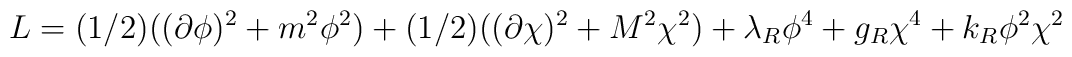
L = (1/2)((\partial\phi)^2 + m^2\phi^2) +  (1/2)((\partial\chi)^2 + M^2\chi^2)+ \lambda_R\phi^4 + g_R\chi^4 + k_R\phi^2\chi^2